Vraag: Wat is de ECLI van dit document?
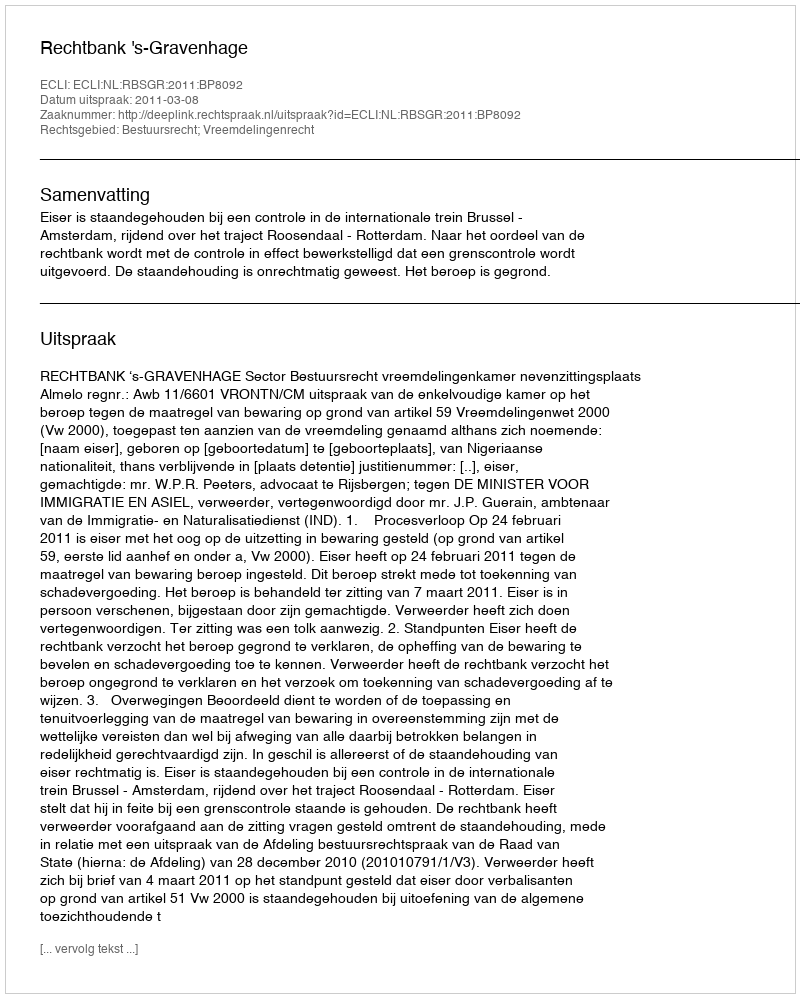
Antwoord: ECLI:NL:RBSGR:2011:BP8092